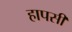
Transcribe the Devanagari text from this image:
हापसी